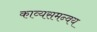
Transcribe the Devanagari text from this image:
काव्यसमन्वय